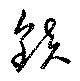
鎮